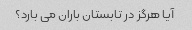
آیا هرگز در تابستان باران می بارد؟